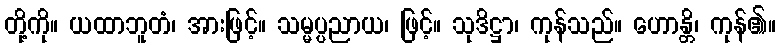
တို့ကို။ ယထာဘူတံ၊ အားဖြင့်။ သမ္မပ္ပညာယ၊ ဖြင့်။ သုဒိဋ္ဌာ၊ ကုန်သည်။ ဟောန္တိ၊ ကုန်၏။